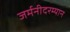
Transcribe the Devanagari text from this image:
जर्मनीदरम्यान